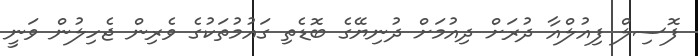
ފޮސިލް ފިއުލްއާ ދުރަށް ދިއުމަށް ދުނިޔޭގެ ބޮޑެތި ގައުމުތަކުގެ ވެރިން ޖެހިލުން ވަނީ